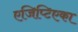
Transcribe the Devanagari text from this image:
एजिप्टिएका